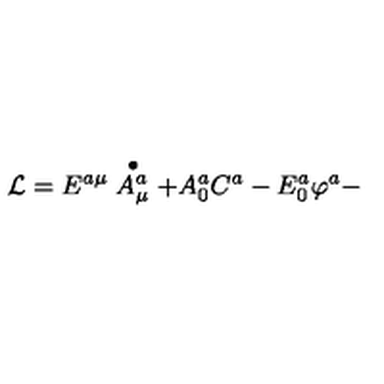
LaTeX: { \cal L } = E ^ { a \mu } \stackrel { \bullet } { A _ { \mu } ^ { a } } + A _ { 0 } ^ { a } C ^ { a } - E _ { 0 } ^ { a } \varphi ^ { a } -